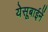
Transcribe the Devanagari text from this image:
येसूबाईनें